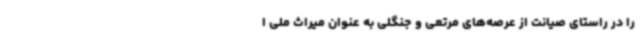
را در راستای صیانت از عرصه‌های مرتعی و جنگلی به عنوان میراث ملی ا